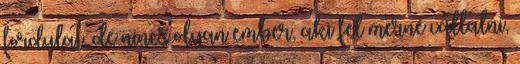
fordulat, de nincs olyan ember, aki fel merné vállalni,